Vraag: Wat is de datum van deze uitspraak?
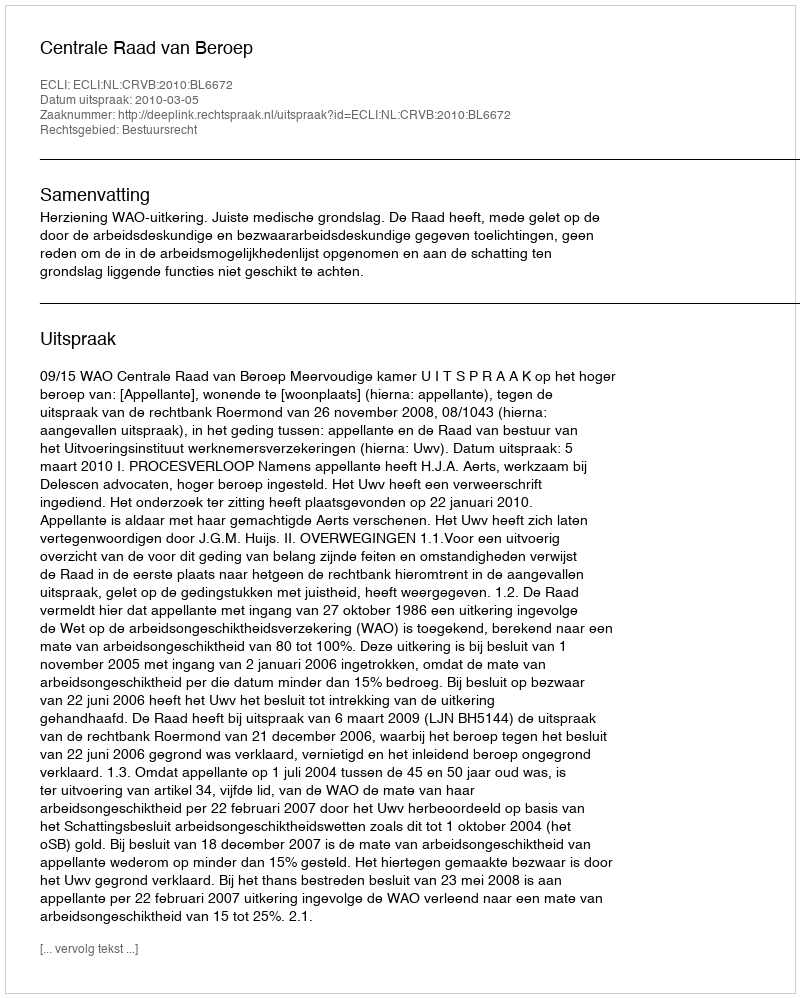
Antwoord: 2010-03-05